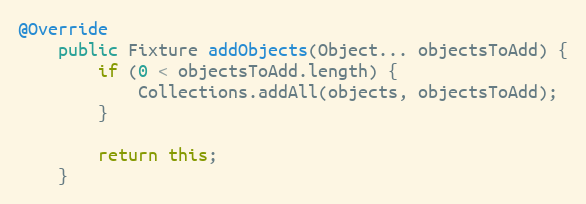
Language: Java
@Override
	public Fixture addObjects(Object... objectsToAdd) {
		if (0 < objectsToAdd.length) {
			Collections.addAll(objects, objectsToAdd);
		}

		return this;
	}